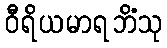
ဝီရိယမာရဘိံသု